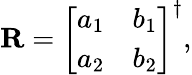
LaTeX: \mathbf{R}=\left[\begin{array}{ll}{a_{1}}&{b_{1}}\\ {a_{2}}&{b_{2}}\end{array}\right]^{\dagger},